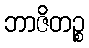
ဘာဇိတဉ္စ